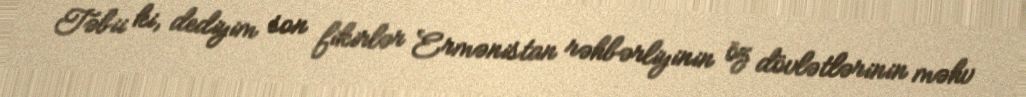
Təbii ki, dediyim son fikirlər Ermənistan rəhbərliyinin öz dövlətlərinin məhv